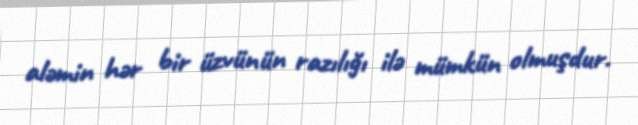
aləmin hər bir üzvünün razılığı ilə mümkün olmuşdur.